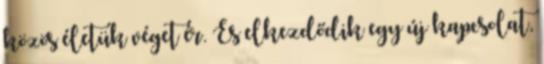
közös életük véget ér. És elkezdődik egy új kapcsolat,